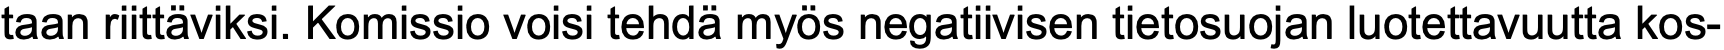
taan riittäviksi. Komissio voisi tehdä myös negatiivisen tietosuojan luotettavuutta kos-